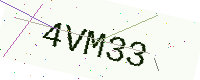
Text: 4VM33